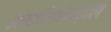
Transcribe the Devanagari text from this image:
अनामिकेबद्दल